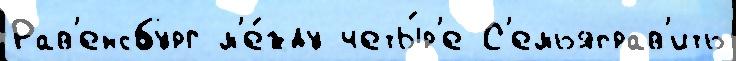
Рав'енсбург м'е́жду четы́р'е С'емьяправ'ить